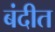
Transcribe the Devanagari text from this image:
बंदीत